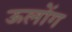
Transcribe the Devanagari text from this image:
ऊलोंग